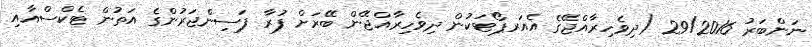
ނަންބަރު 29/2016 (ދިވެހިރާއްޖޭގެ އެއަރޕޯޓަކުން ދިވެހިރާއްޖޭން ބޭރަށް ފުރާ ފަސިންޖަރުންގެ އަތުން ޓެކްސްއާއި